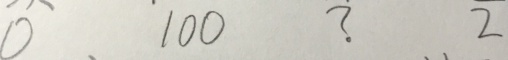
0 1 0 0 ? 2